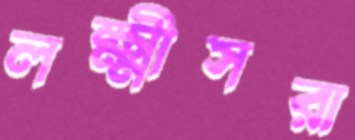
লক্ষ্মীসরা